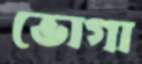
ভোগা